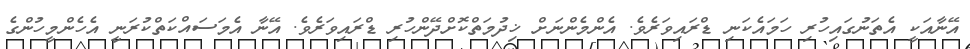
އޭނާއަކީ އެތަނުގައިހުރި ހަމައެކަނި ޑްރައިވަރެވެ. އެންމެންނަށް ޚިދުމަތްކޮށްދޭންހުރި ޑްރައިވަރެވެ. އޭނާ އެމަސައްކަތްކުރަނީ އެހެންމީހުންގެ